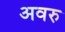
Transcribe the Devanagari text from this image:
अवरु